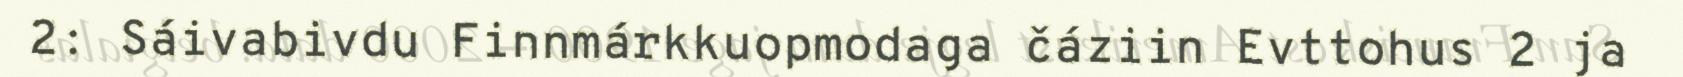
2: Sáivabivdu Finnmárkkuopmodaga čáziin Evttohus 2 ja